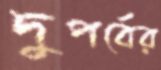
দুপর্বের